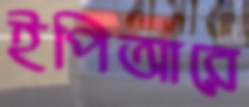
ইপিআরে